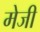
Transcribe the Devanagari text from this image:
मेजी